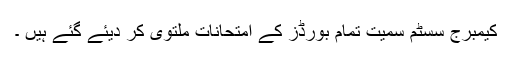
کیمبرج سسٹم سمیت تمام بورڈز کے امتحانات ملتوی کر دیئے گئے ہیں ۔